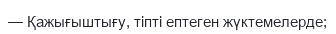
— Қажығыштығу, тiптi ептеген жүктемелерде;